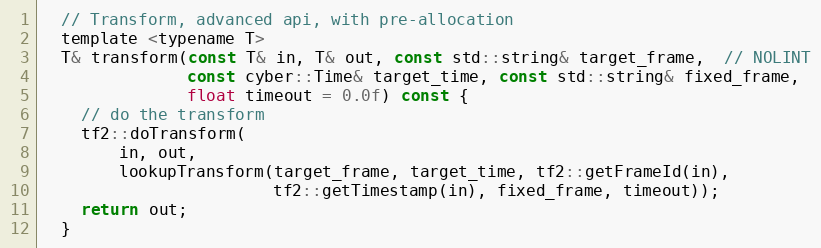
Language: C
  // Transform, advanced api, with pre-allocation
  template <typename T>
  T& transform(const T& in, T& out, const std::string& target_frame,  // NOLINT
               const cyber::Time& target_time, const std::string& fixed_frame,
               float timeout = 0.0f) const {
    // do the transform
    tf2::doTransform(
        in, out,
        lookupTransform(target_frame, target_time, tf2::getFrameId(in),
                        tf2::getTimestamp(in), fixed_frame, timeout));
    return out;
  }